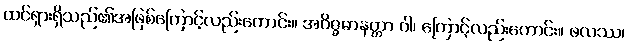
ထင်ရှားရှိသည်၏အဖြစ်ကြောင့်လည်းကောင်း။ အဝိဇ္ဇမာနတ္တာ ဝါ၊ ကြောင့်လည်းကောင်း။ ဖလဿ၊